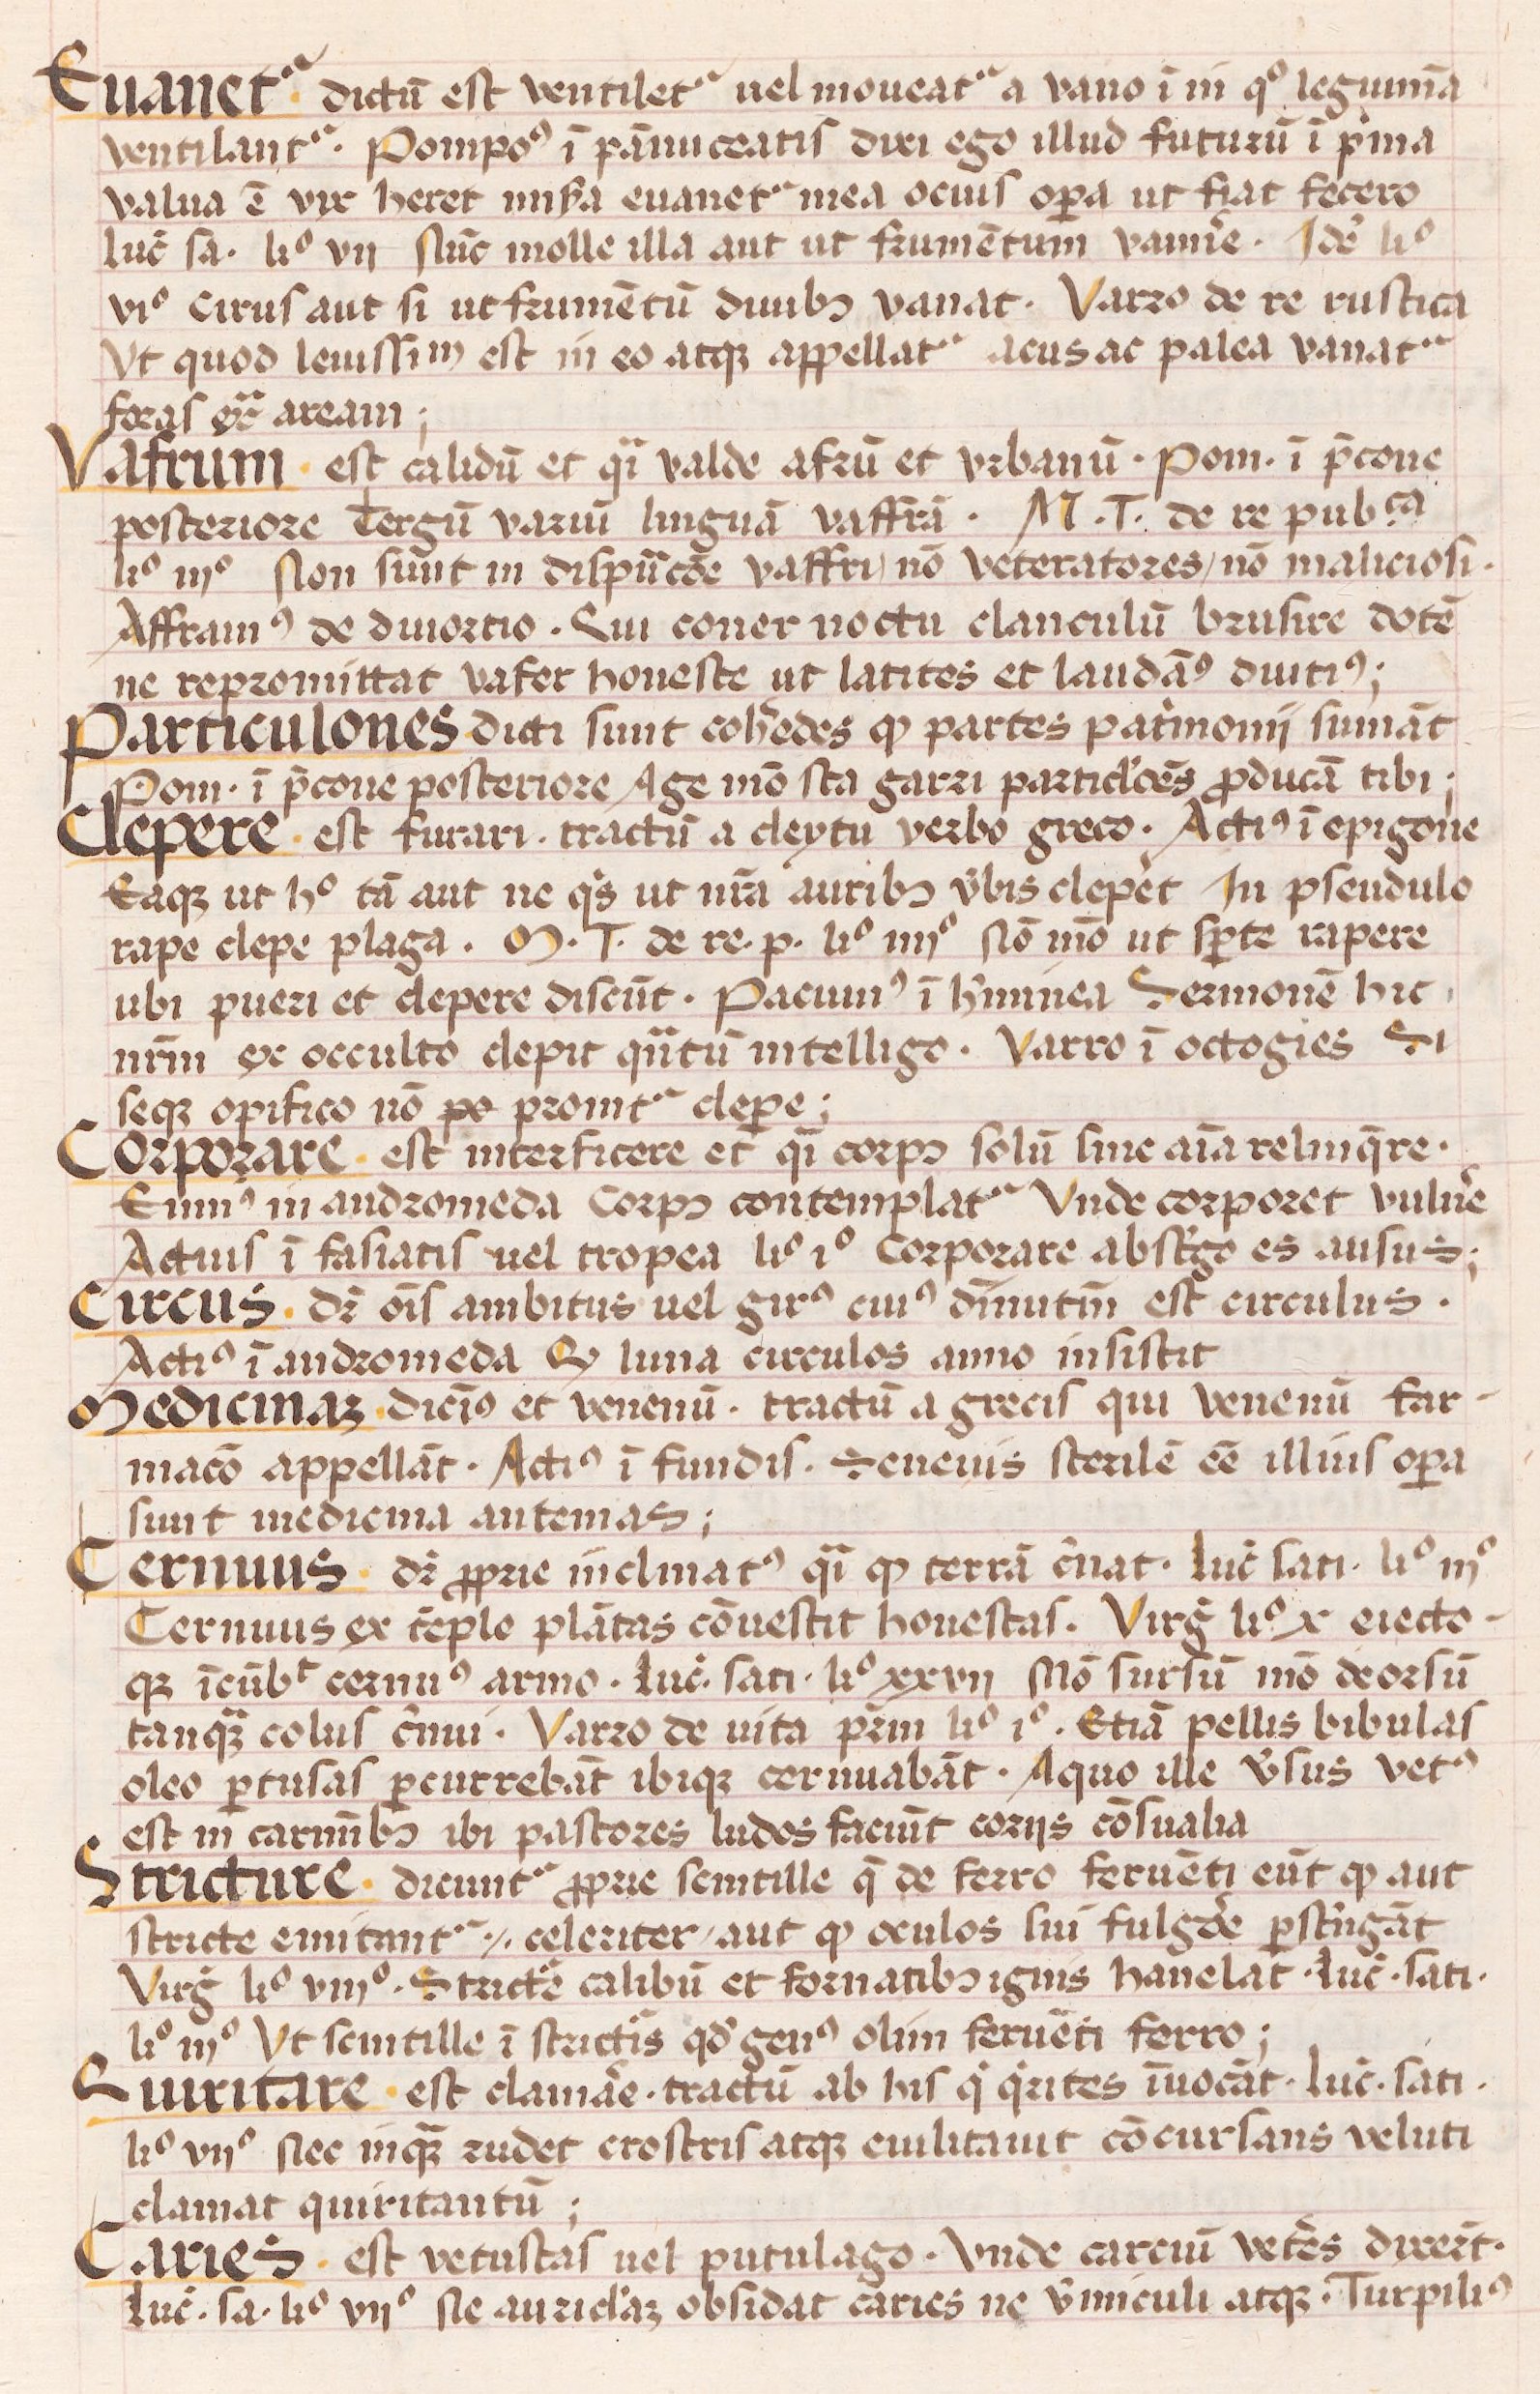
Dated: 1450–1474